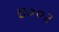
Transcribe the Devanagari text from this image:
७००२